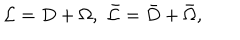
LaTeX: { \cal L } = D + \Omega , \, \, \bar { \cal L } = \bar { D } + \bar { \Omega } ,